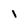
Character: I